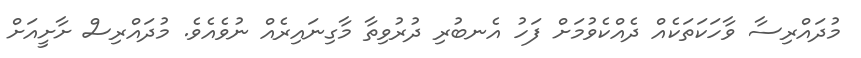
މުދައްރިސާ ވާހަކަތަކެއް ދެއްކެވުމަށް ފަހު އެނބުރި ދުރުވިތާ މާގިނައިރެއް ނުވެއެވެ. މުދައްރިސް ށާށީއަށް